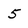
Character: 5